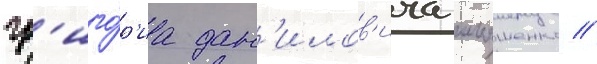
гр'иго́р'иа дан'илов'ича ильяшенко //